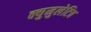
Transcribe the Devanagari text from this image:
क्युमुलेटिव